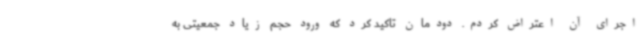
اجرای آن اعتراض کردم. دودمان تاکید کرد که ورود حجم زیاد جمعیتی به